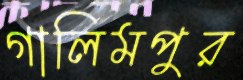
গালিমপুর